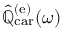
\hat { \mathbb { Q } } _ { \mathrm { c a r } } ^ { ( \mathrm { e } ) } ( \omega )